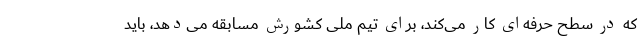
که در سطح حرفه‌ای کار می‌کند، برای تیم ملی کشورش مسابقه می‌دهد، باید